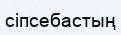
сіпсебастың